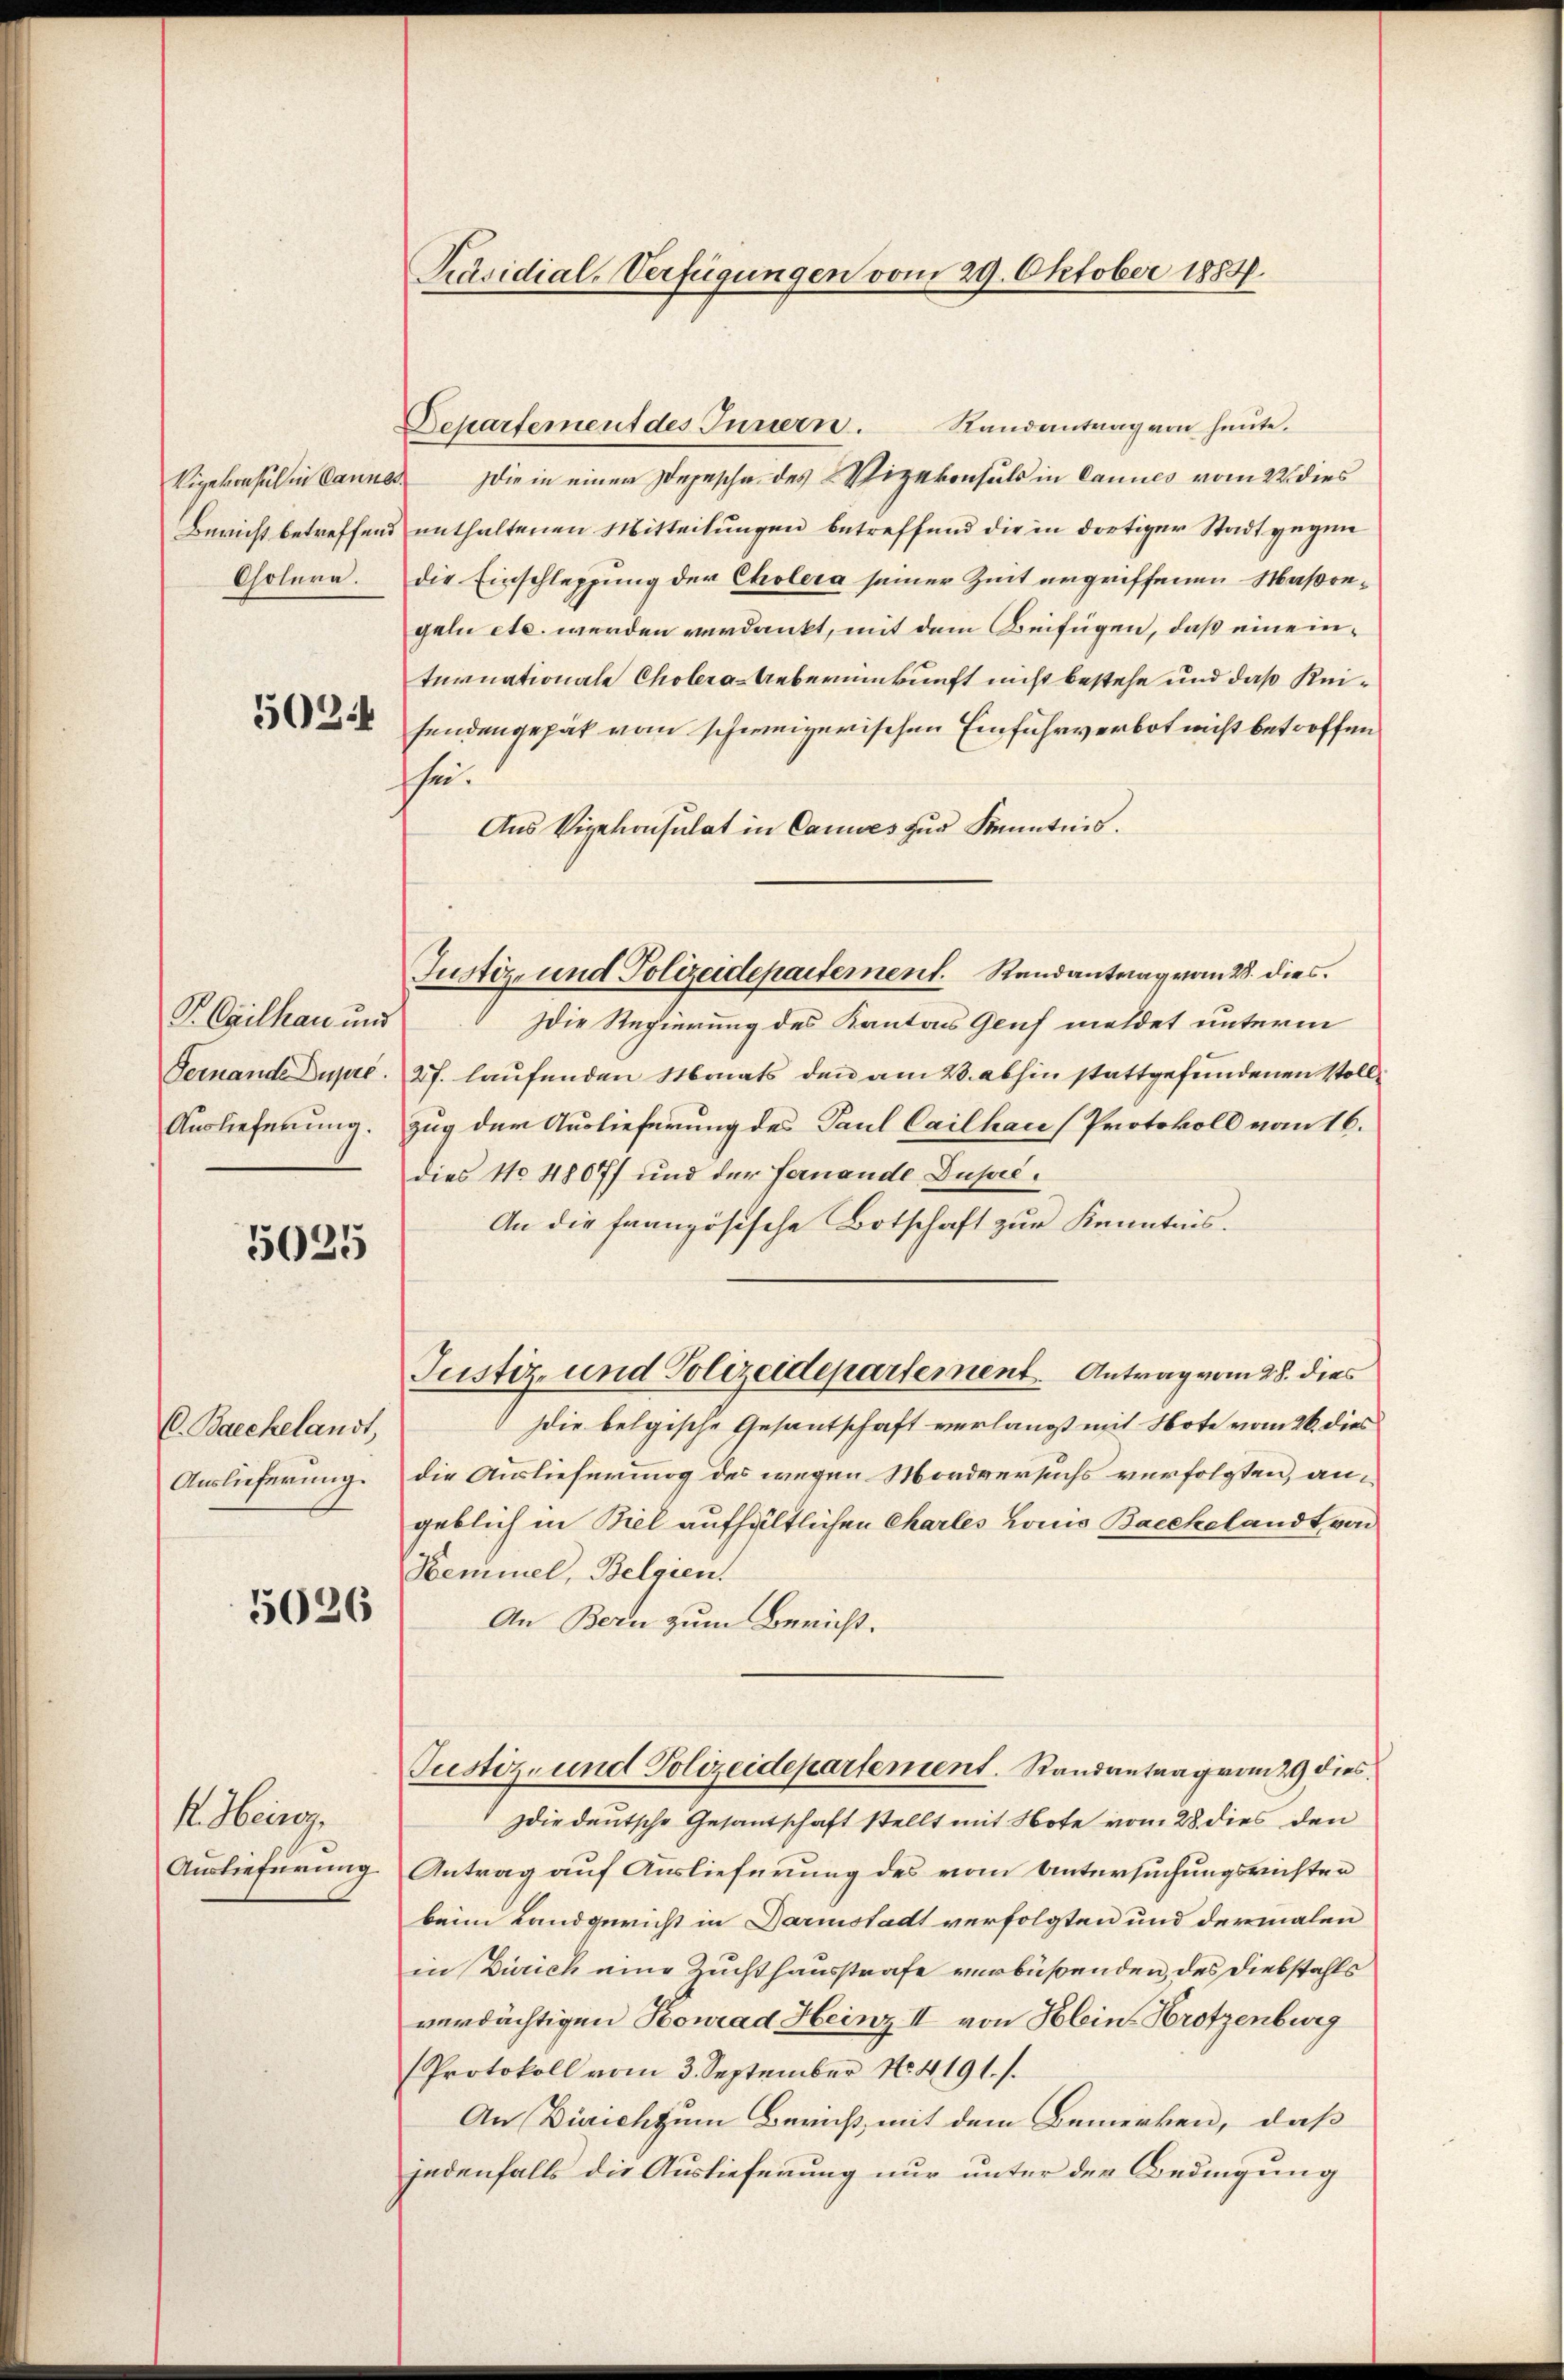
Cholera.

PCgilkau und

5025

C. Baeckelandt,
Auslieferung.

5026

1. Herrg

Präsidial-Verfügungen vom 29. Oktober 1884.

Randantrag von heute.
Departement des Innern.
Vigekonsul in Cannes die in einer Depesche des Vizekonsuls in Cannes vom 22. dies
Bericht betreffend enthaltenen Mitteilungen betreffend die in dortiger Stadt gegen
die Einschleppung der Cholera seiner Zeit ergriffenen Maßregeln etc. werden verdankt, mit dem Beifügen, daß eineinternationale Cholera-Ueberumkunft nicht bestehe und daß Kei¬
 senden gepät von schweizerischen Einfuhrverbot wicht betroffen
she
Aus Vizekonsulat in Cauwes zur Kenntnis.
die Regierung des Kantons Genf meldet unterm
Geinande Dupre. 27. laufenden Monats den am 2. abhin stattgefundenen Stoll¬
Auslieferung. Zug der Auslieferung des Paul Cailhac (Protokoll vom 16.
dies No 48077 und der Fernande Dusel¬
An die französische Botschaft zur Kenntnis.
Justiz- und Polizeidepartement. Antrag vom 28. dies
" die belgische Gesantschaft verlangt mit Note vom 26. dies
die Auslieferung des wegen Mordversuchs verfolgten, angeblich in Biel aufhältlichen Charles vonis Baeckelandt von
Kemmel, Belgien.
An Bern zum Bericht.
Justiz- und Polizeidepartement. Randantrag vom 29 dies
die deutsche Gesantschaft stellt mit Note vom 28. dies den
Auslieferung Antrag auf Auslieferung des vom Untersuchungsrichter
beim Landgericht in Darmstadt verfolgten und dermalen
in Zürich eine Zuchthausstrafe verbüßenden, des Diebstahls
verdächtigen Konrad Heinz II von Klein-Hrotzenburg
Protokoll vom 3. September No.4191. /.
An Dürrich zum Bericht, mit dem Bemerken, daß
jedenfalls die Auslieferung nur unter der Bedingung

Justiz- und Polizeidepartement. Randantrag vom 28. dies